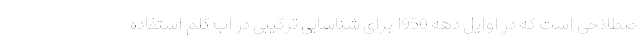
صطلاحی است که در اوایل دهه 1950 برای شناسایی ترکیبی در آب کلم استفاده